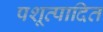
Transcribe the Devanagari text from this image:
पशूत्पादित